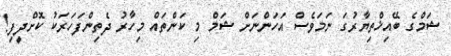
ޝަމްގެ ބޭއިޚްތިޔާރުގަ ނަމަވެސް އަހަންނަށް ޝަމް މި ކަންތައް މިހާރު ދެތިންފަހަރަކު ކޮށްދީފި!